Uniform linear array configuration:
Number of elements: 32
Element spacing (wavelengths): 1
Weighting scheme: hann
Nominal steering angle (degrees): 45
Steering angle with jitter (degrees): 44.912
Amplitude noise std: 0.05
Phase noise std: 0.05

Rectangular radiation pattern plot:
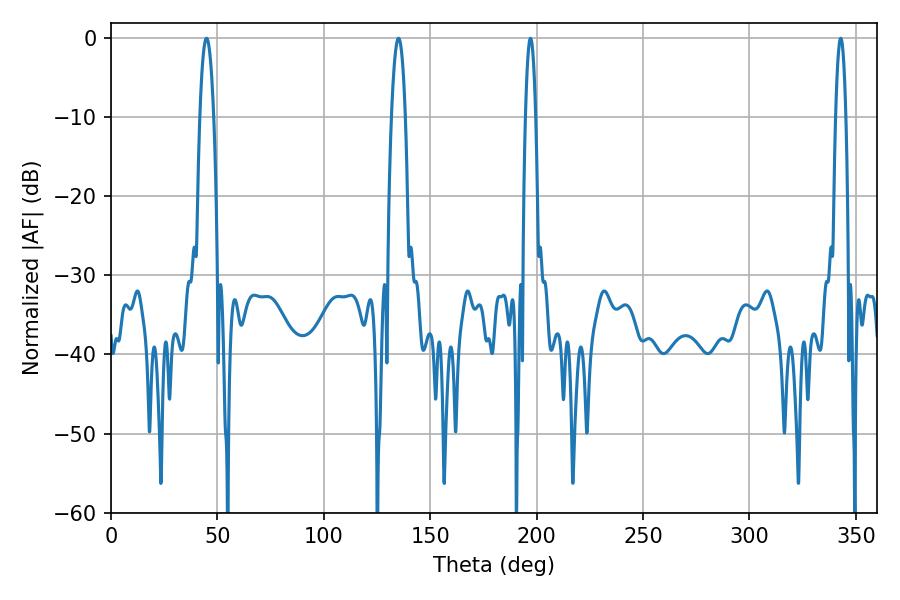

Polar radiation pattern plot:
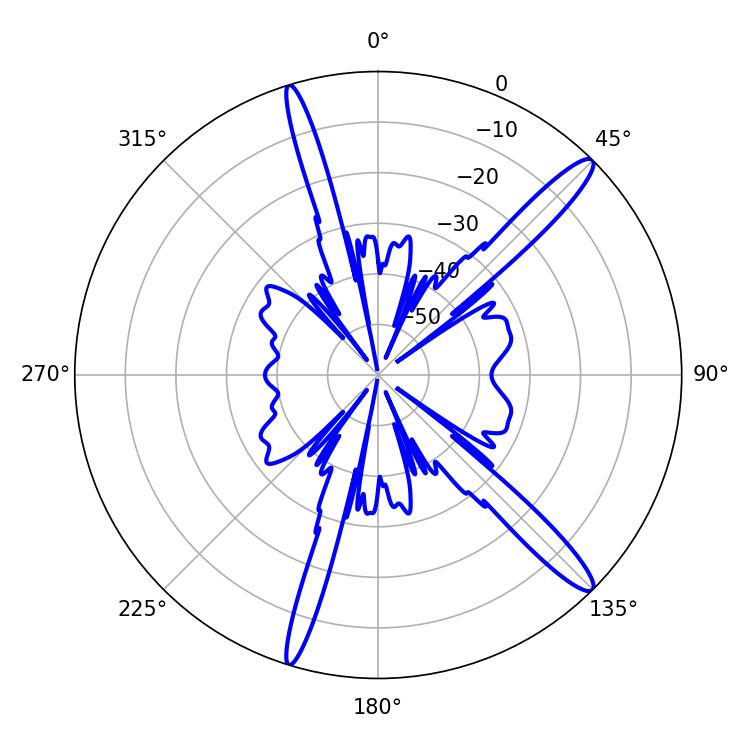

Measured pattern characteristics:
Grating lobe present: TRUE
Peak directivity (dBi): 14.76
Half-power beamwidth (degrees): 2.52
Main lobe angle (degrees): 197.1